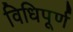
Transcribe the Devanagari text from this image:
विधिपूर्ण